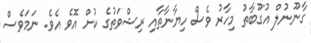
ގާނޫނުލް އުގޫބާތު މިހާރު ވެސް ހިޔާނާތާއި ރިޝްވަތުގެ ކުށް އޮވެ އެވެ. ނަމަވެސް